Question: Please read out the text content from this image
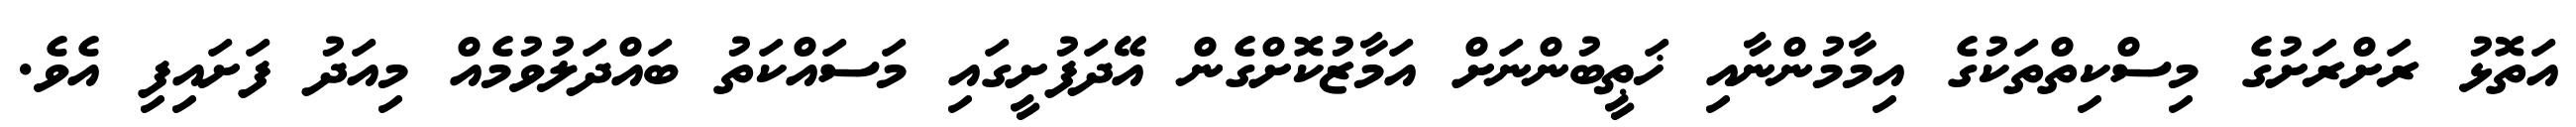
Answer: އަތޮޅު ރަށްރަށުގެ މިސްކިތްތަކުގެ އިމާމުންނާއި ޚަޠީބުންނަށް އަމާޒުކޮށްގެން އޭދަފުށީގައި މަސައްކަތު ބައްދަލުވުމެއް މިއަދު ފަށައިފި އެވެ.